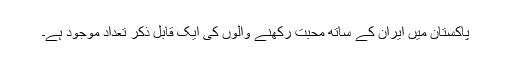
پاکستان میں ایران کے ساتھ محبت رکھنے والوں کی ایک قابل ذکر تعداد موجود ہے۔